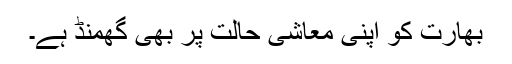
بھارت کو اپنی معاشی حالت پر بھی گھمنڈ ہے۔